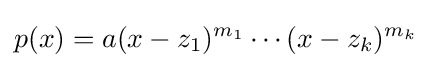
p(x)=a(x-z_{1})^{m_{1}}\cdots (x-z_{k})^{m_{k}}